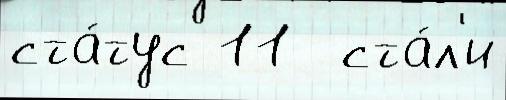
ста́тус 11  ста́л'и